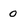
Character: 0